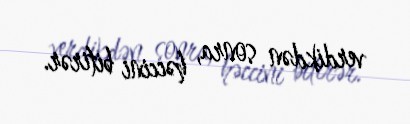
verdikdən sonra, həccini bitirər.